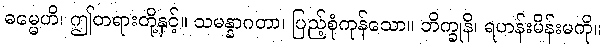
ဓမ္မေဟိ၊ ဤတရားတို့နှင့်။ သမန္နာဂတာ၊ ပြည့်စုံကုန်သော။ ဘိက္ခုနိ၊ ရဟန်းမိန်းမကို။